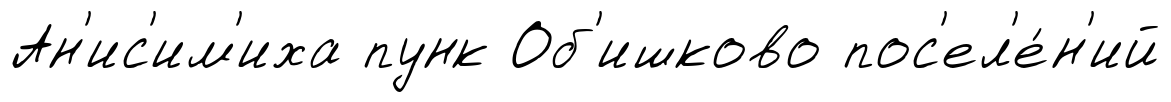
Ан'ис'им'иха пунк Об'ишково пос'ел'е́н'ий